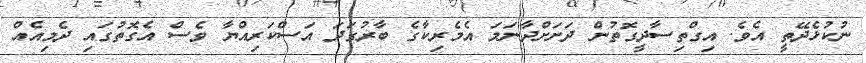
ނުކުޅެދޭތީ އެވެ. އިގްތިސާދީގޮތުން ދަށަށްދާނަމަ އެމެރިކާގެ ބާރުގަދަ އަސްކަރިއްޔާ ވެސް އެގޮތުގައި ދެމިއެއް